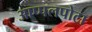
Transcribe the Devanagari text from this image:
आप्पलपोटा